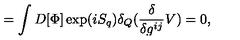
= \int D [ \Phi ] \exp ( i S _ { q } ) \delta _ { Q } ( \frac { \delta } { \delta g ^ { i j } } V ) = 0 ,